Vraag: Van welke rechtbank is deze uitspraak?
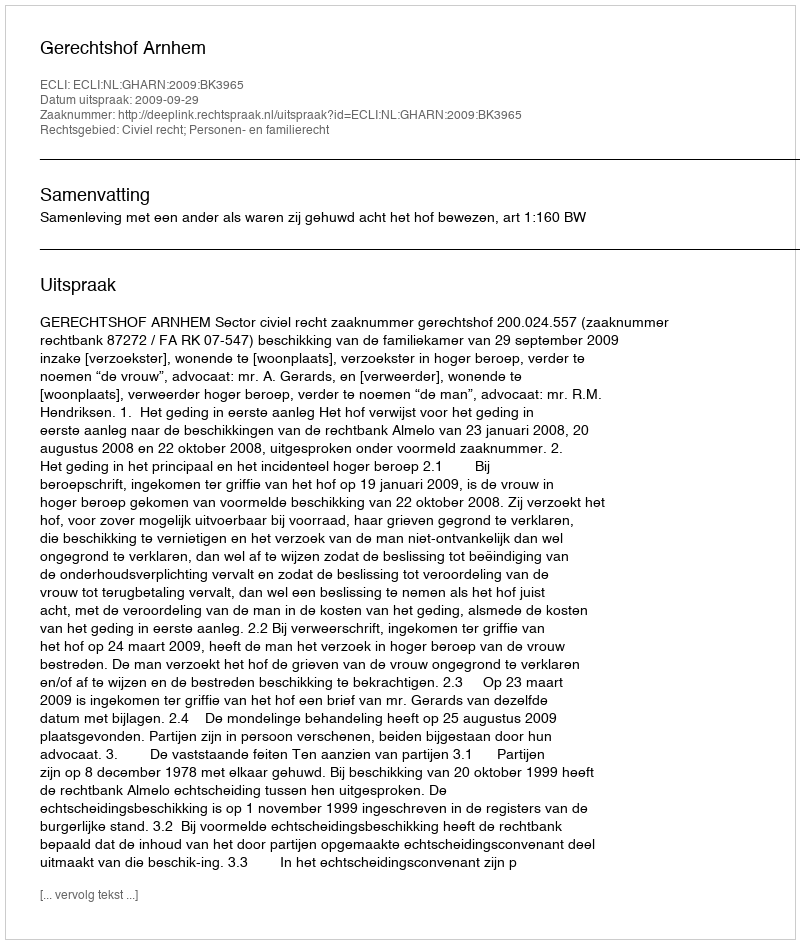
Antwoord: Gerechtshof Arnhem